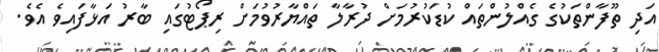
އަދި ތޫފާންތަކުގެ ގެއްލުންތައް ކުޑަކުރުމަށް ދުރާލާ ތައްޔާރުވުމަށް ރިޕޯޓުގައި ބާރު އަޅާފައިވެ އެވެ.